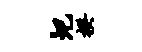
圯揆